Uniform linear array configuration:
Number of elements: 64
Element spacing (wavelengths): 1
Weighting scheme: kaiser
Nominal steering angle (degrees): -60
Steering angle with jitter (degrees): -61.118
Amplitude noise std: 0.05
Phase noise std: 0.05

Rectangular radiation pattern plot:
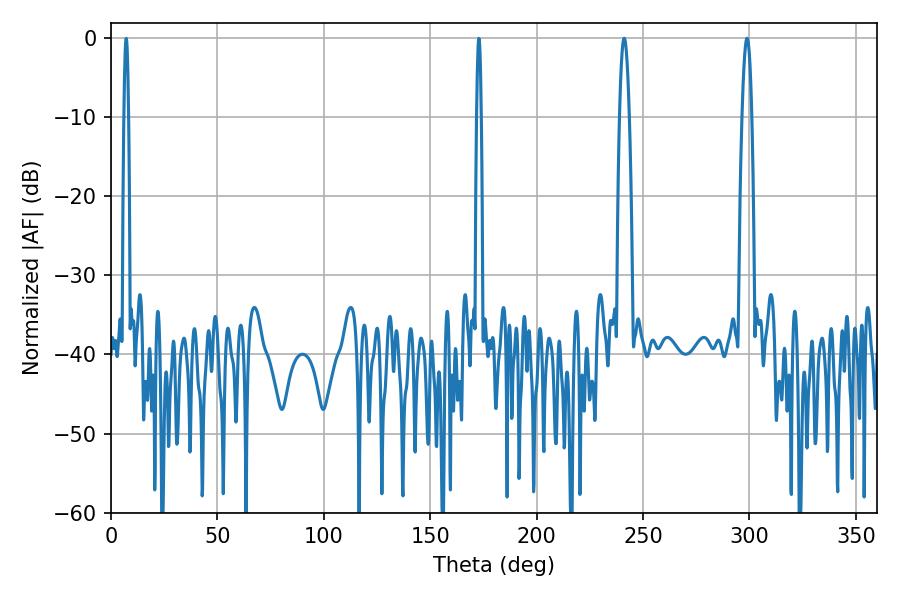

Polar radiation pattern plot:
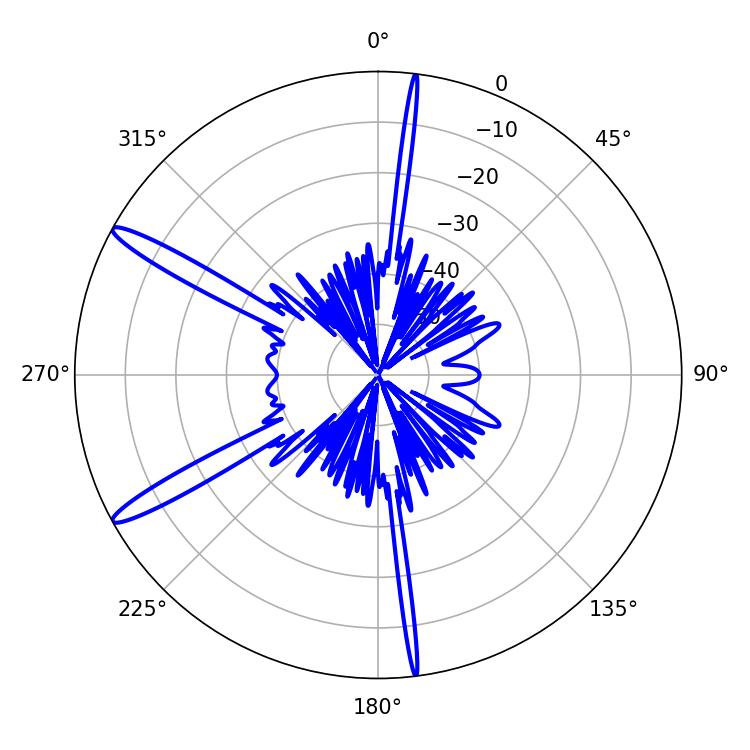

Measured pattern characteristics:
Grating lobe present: TRUE
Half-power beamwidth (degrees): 2.52
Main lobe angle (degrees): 298.8